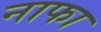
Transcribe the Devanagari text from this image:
नाफा